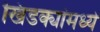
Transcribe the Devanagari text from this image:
खिडक्यांमध्ये